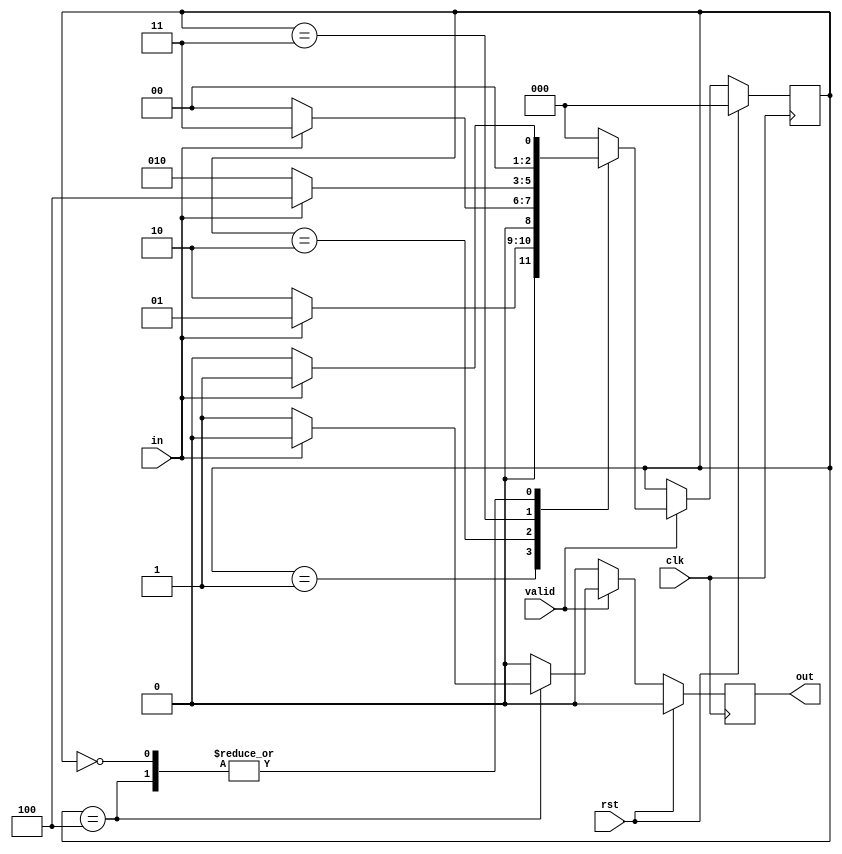
module pattern(clk, rst, valid, in, out);
parameter RST=3'b000,
		  S1=3'b001,
		  S10=3'b010,
		  S101=3'b011,
		  S1011=3'b100,
		  S10110=3'b101;

input clk, rst, valid, in;
output reg out;

reg [2 : 0] cs, ns;


// Here cs and ns are same values as they move together
/*always @ (posedge clk) begin
	if (rst == 1) begin
		out = 0;
		cs = RST;
		ns = RST;
	end
	else begin
		if (valid == 1) begin
		out = 0;
			case (cs)
				RST: begin
					if (in == 1) ns = S1;
					else ns = RST;
				end
				S1: begin
					if (in == 1) ns = S1;
					else ns = S10;
				end
				S10: begin
					if (in == 1) ns = S101;
					else ns = RST;
				end
				S101: begin
					if (in == 1) ns = S1011;
					else ns = S10;
				end
				S1011: begin
					if (in == 1) ns = S1;
					// for Moore
					//else ns = S10110;
					// for Melay
					else begin
						ns = RST;
						out = 1;
					end
				end
				// remove this state for Melay
				/*S10110: begin
					out = 1;
					if (in == 1) ns = S1;
					else ns = RST;
				end
            	default: begin
					ns = RST;
					out = 0;
				end
			endcase
		end
		else begin
			out = 0;
		end
	end
end

always @ (ns) cs = ns;
*/

// The above code works same as below without even using ns
always @ (posedge clk) begin
	if (rst == 1) begin
		out = 0;
		cs = RST;
	end
	else begin
		if (valid == 1) begin
		out = 0;
			case (cs)
				RST: begin
					if (in == 1) cs = S1;
					else cs = RST;
				end
				S1: begin
					if (in == 1) cs = S1;
					else cs = S10;
				end
				S10: begin
					if (in == 1) cs = S101;
					else cs = RST;
				end
				S101: begin
					if (in == 1) cs = S1011;
					else cs = S10;
				end
				S1011: begin
					if (in == 1) cs = S1;
					// for Moore
					//else cs = S10110;
					// for Melay
					else begin
						cs = RST;
						out = 1;
					end
				end
				// remove this state for Melay
				/*S10110: begin
					out = 1;
					if (in == 1) cs = S1;
					else cs = RST;
				end*/
            	default: begin
					cs = RST;
					out = 0;
				end
			endcase
		end
		else begin
			out = 0;
		end
	end
end

endmodule